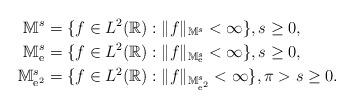
LaTeX: \begin{align*}\mathbb{M}^s &=\{f\in L^2(\mathbb{R}) : \|f\|_{\mathbb{M}^s}<\infty\},s\geq 0,\\\mathbb{M}^s_{\mathrm{e}} &=\{f\in L^2(\mathbb{R}) : \|f\|_{\mathbb{M}^s_{\mathrm{e}}}<\infty\},s\geq 0,\\\mathbb{M}^s_{\mathrm{e}^2} &=\{f\in L^2(\mathbb{R}) : \|f\|_{\mathbb{M}^s_{\mathrm{e}^2}}<\infty\}, \pi>s\geq 0.\end{align*}